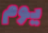
يوم